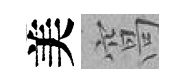
美窩